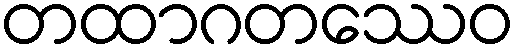
တထာဂတဿေဝ